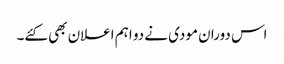
اس دوران مودی نے دو اہم اعلان بھی کئے۔